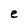
Character: e